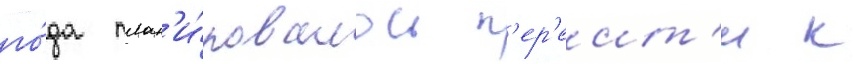
го́да план'и́ровалось п'ер'еит'и к